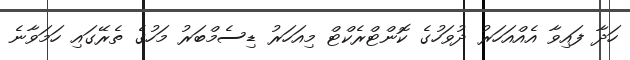
ހަދާ ފައިވާ އެއްއަހަރު ދުވަހުގެ ކޮންޓްރެކްޓް މިއަހަރު ޑިސެމްބަރު މަހުގެ ތެރޭގައި ހަމަވާނެ